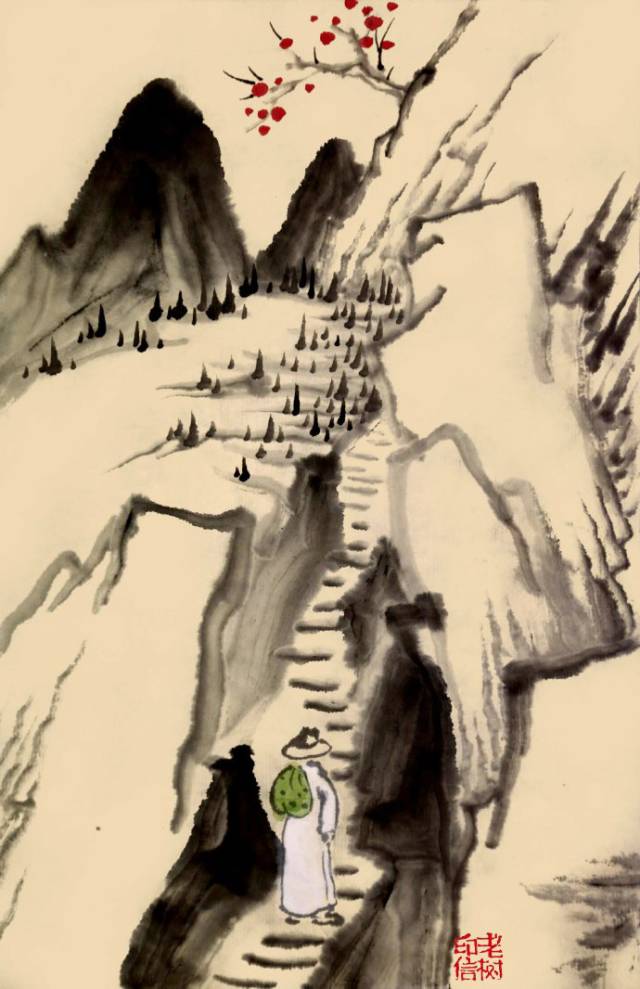
马色虽不同，人心本无隔。